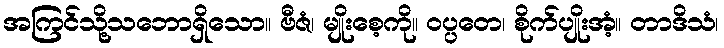
အကြင်သို့သဘောရှိသော။ ဗီဇံ၊ မျိုးစေ့ကို။ ဝပ္ပတေ၊ စိုက်ပျိုးအံ့။ တာဒိသံ၊